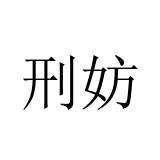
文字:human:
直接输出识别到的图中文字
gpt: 刑妨